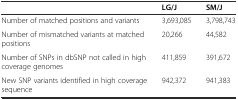
|  | LG/J | SM/J |
 | --- | --- | --- |
 | Number of matched positions and variants | 3,693,085 | 3,798,743 |
 | Number of mismatched variants at matched positions | 20,266 | 44,582 |
 | Number of SNPs in dbSNP not called in high coverage genomes | 411,859 | 391,672 |
 | New SNP variants identified in high coverage sequence | 942,372 | 941,383 |